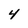
Character: 4